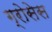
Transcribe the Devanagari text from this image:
ग्रोसेस